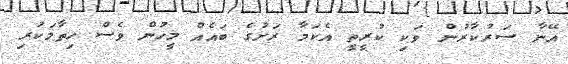
އޭނާ ސަރުކާރުން ވަކި ކުރީތީ އެކަމާ ރަށުގެ ބައެއް މީހުން ވެސް ހިތާމަކުރި